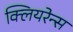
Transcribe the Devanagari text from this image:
क्लियरेन्स